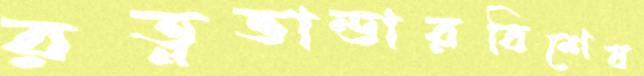
রত্নভান্ডারবিশেষ